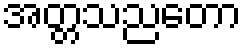
အတ္တသညတော